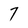
Character: 7